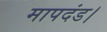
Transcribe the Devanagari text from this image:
मापदंड।